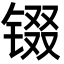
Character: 𮣵